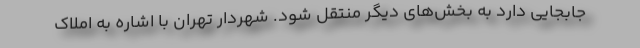
جابجایی دارد به بخش‌های دیگر منتقل شود. شهردار تهران با اشاره به املاک